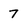
Character: 7